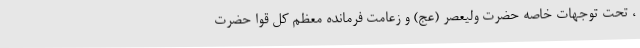
، تحت توجهات خاصه حضرت ولیعصر (عج) و زعامت فرمانده معظم کل قوا حضرت